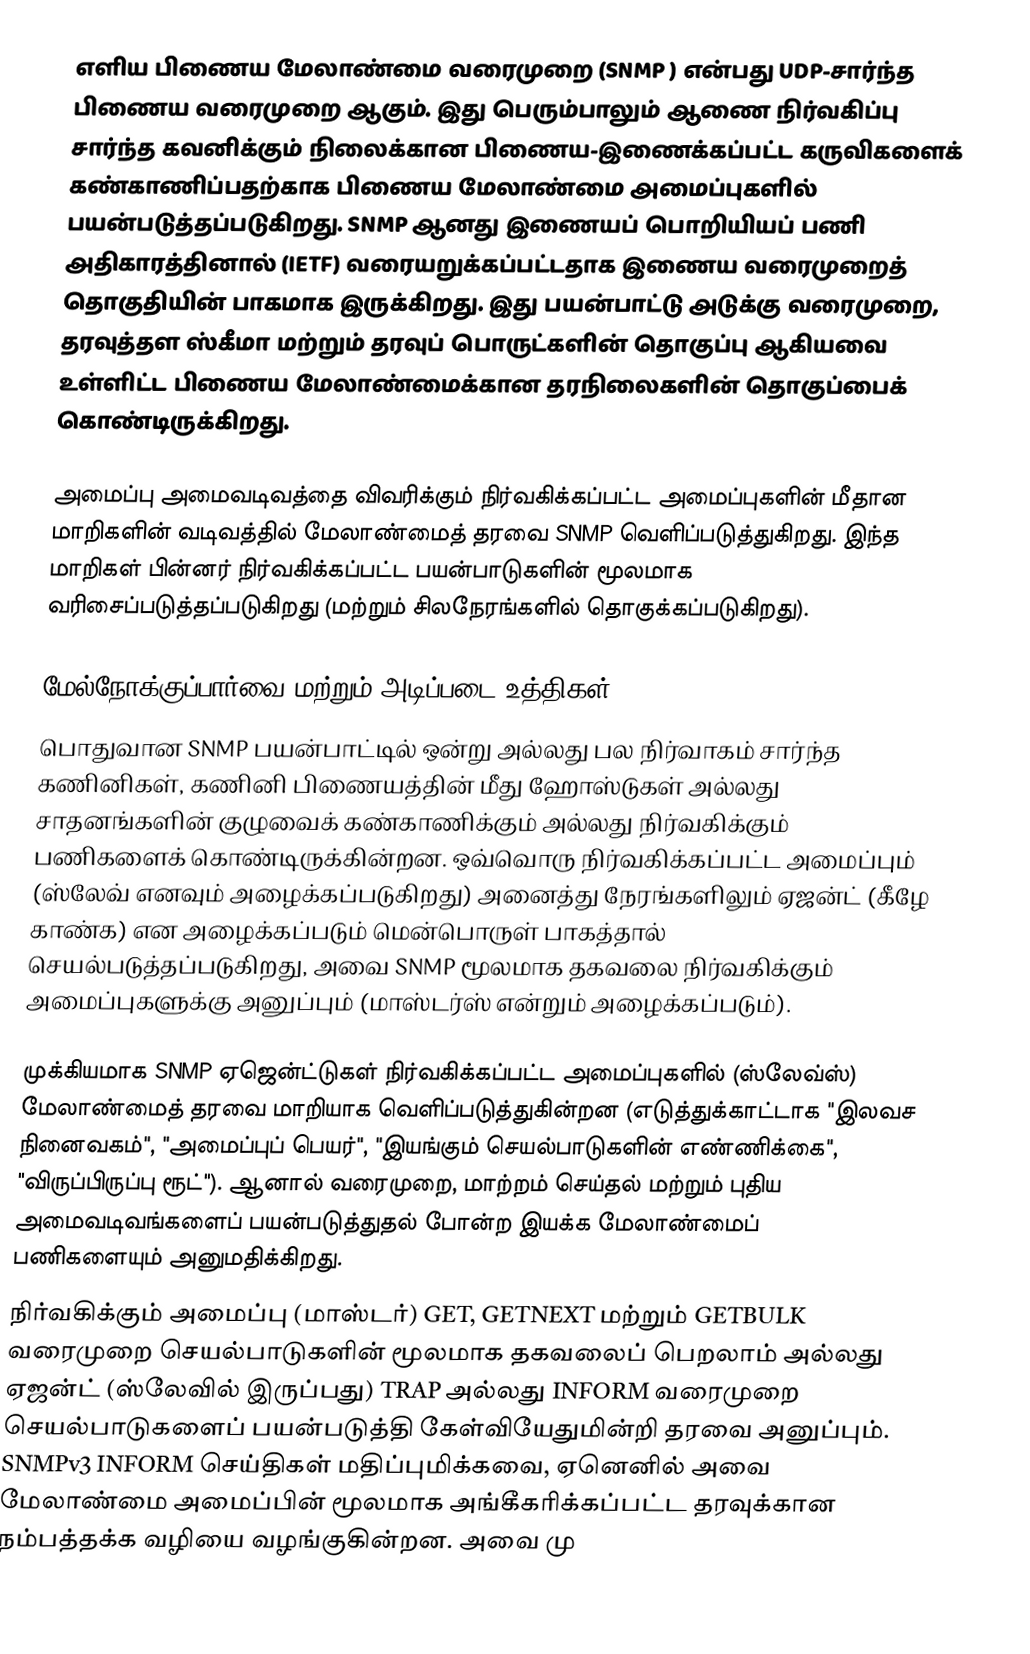
எளிய பிணைய மேலாண்மை வரைமுறை (SNMP ) என்பது UDP-சார்ந்த பிணைய வரைமுறை ஆகும். இது பெரும்பாலும் ஆணை நிர்வகிப்பு சார்ந்த கவனிக்கும் நிலைக்கான பிணைய-இணைக்கப்பட்ட கருவிகளைக் கண்காணிப்பதற்காக பிணைய மேலாண்மை அமைப்புகளில் பயன்படுத்தப்படுகிறது. SNMP ஆனது இணையப் பொறியியப் பணி அதிகாரத்தினால் (IETF) வரையறுக்கப்பட்டதாக இணைய வரைமுறைத் தொகுதியின் பாகமாக இருக்கிறது. இது பயன்பாட்டு அடுக்கு வரைமுறை, தரவுத்தள ஸ்கீமா மற்றும் தரவுப் பொருட்களின் தொகுப்பு ஆகியவை உள்ளிட்ட பிணைய மேலாண்மைக்கான தரநிலைகளின் தொகுப்பைக் கொண்டிருக்கிறது.

அமைப்பு அமைவடிவத்தை விவரிக்கும் நிர்வகிக்கப்பட்ட அமைப்புகளின் மீதான மாறிகளின் வடிவத்தில் மேலாண்மைத் தரவை SNMP வெளிப்படுத்துகிறது. இந்த மாறிகள் பின்னர் நிர்வகிக்கப்பட்ட பயன்பாடுகளின் மூலமாக வரிசைப்படுத்தப்படுகிறது (மற்றும் சிலநேரங்களில் தொகுக்கப்படுகிறது).

மேல்நோக்குப்பார்வை மற்றும் அடிப்படை உத்திகள்
பொதுவான SNMP பயன்பாட்டில் ஒன்று அல்லது பல நிர்வாகம் சார்ந்த கணினிகள், கணினி பிணையத்தின் மீது ஹோஸ்டுகள் அல்லது சாதனங்களின் குழுவைக் கண்காணிக்கும் அல்லது நிர்வகிக்கும் பணிகளைக் கொண்டிருக்கின்றன. ஒவ்வொரு நிர்வகிக்கப்பட்ட அமைப்பும் (ஸ்லேவ் எனவும் அழைக்கப்படுகிறது) அனைத்து நேரங்களிலும் ஏஜன்ட் (கீழே காண்க) என அழைக்கப்படும் மென்பொருள் பாகத்தால் செயல்படுத்தப்படுகிறது, அவை SNMP மூலமாக தகவலை நிர்வகிக்கும் அமைப்புகளுக்கு அனுப்பும் (மாஸ்டர்ஸ் என்றும் அழைக்கப்படும்).

முக்கியமாக SNMP ஏஜென்ட்டுகள் நிர்வகிக்கப்பட்ட அமைப்புகளில் (ஸ்லேவ்ஸ்) மேலாண்மைத் தரவை மாறியாக வெளிப்படுத்துகின்றன (எடுத்துக்காட்டாக "இலவச நினைவகம்", "அமைப்புப் பெயர்", "இயங்கும் செயல்பாடுகளின் எண்ணிக்கை", "விருப்பிருப்பு ரூட்"). ஆனால் வரைமுறை, மாற்றம் செய்தல் மற்றும் புதிய அமைவடிவங்களைப் பயன்படுத்துதல் போன்ற இயக்க மேலாண்மைப் பணிகளையும் அனுமதிக்கிறது.
நிர்வகிக்கும் அமைப்பு (மாஸ்டர்) GET, GETNEXT மற்றும் GETBULK வரைமுறை செயல்பாடுகளின் மூலமாக தகவலைப் பெறலாம் அல்லது ஏஜன்ட் (ஸ்லேவில் இருப்பது) TRAP அல்லது INFORM வரைமுறை செயல்பாடுகளைப் பயன்படுத்தி கேள்வியேதுமின்றி தரவை அனுப்பும். SNMPv3 INFORM செய்திகள் மதிப்புமிக்கவை, ஏனெனில் அவை மேலாண்மை அமைப்பின் மூலமாக அங்கீகரிக்கப்பட்ட தரவுக்கான நம்பத்தக்க வழியை வழங்குகின்றன. அவை மு